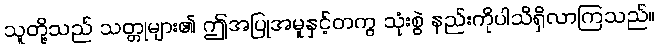
သူတို့သည် သတ္တုများ၏ ဤအပြုအမူနှင့်တကွ သုံးစွဲ နည်းကိုပါသိရှိလာကြသည်။